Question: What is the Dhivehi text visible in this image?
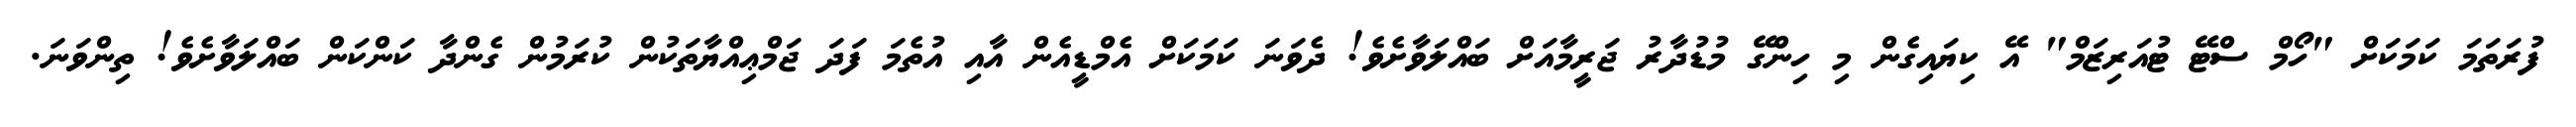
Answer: ފުރަތަމަ ކަމަކަށް "ހޯމް ސްޓޭ ޓުއަރިޒަމް" އޭ ކިޔައިގެން މި ހިންގޭ މުޑުދާރު ޖަރީމާއަށް ބައްލަވާށެވެ! ދެވަނަ ކަމަކަށް އެމްޑީއެން އާއި އުތެމަ ފަދަ ޖަމްޢިއްޔާތަކުން ކުރަމުން ގެންދާ ކަންކަން ބައްލަވާށެވެ! ތިންވަނަ.